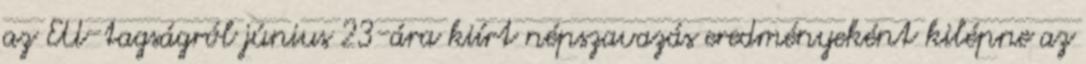
az EU-tagságról június 23-ára kiírt népszavazás eredményeként kilépne az